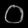
Digit: ၀